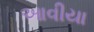
આવીયા